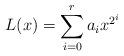
LaTeX: \begin{align*}L(x)=\sum_{i=0}^r a_ix^{2^i}\end{align*}